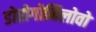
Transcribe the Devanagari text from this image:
डोरोगोमिलोवो